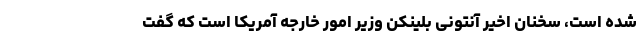
شده است، سخنان اخیر آنتونی بلینکن وزیر امور خارجه آمریکا است که گفت